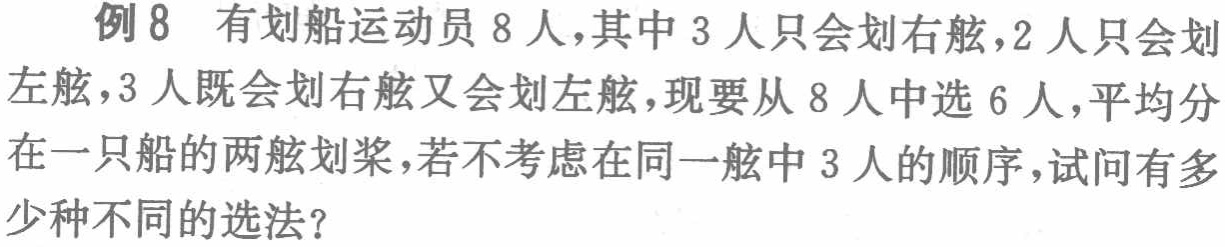
例8 有划船运动员8人，其中3人只会划右舷，2人只会划左舷，3人既会划右舷又会划左舷，现要从8人中选6人，平均分在一只船的两舷划桨，若不考虑在同一舷中3人的顺序，试问有多少种不同的选法？